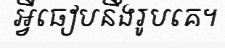
អ្វីធៀបនឹងរូបគេ។